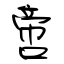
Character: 啻